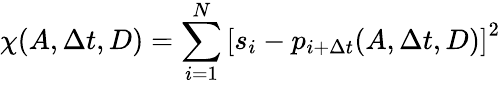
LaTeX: \chi(A,\Delta t,D)=\sum_{i=1}^{N}\left[s_{i}-p_{i+\Delta t}(A,\Delta t,D)\right]^{2}